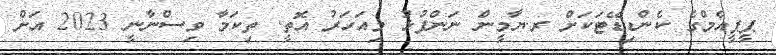
ޕީޕީއެމްގެ ކެންޑިޑޭޓަކަށް ރ.ޔާމީން ނަންފުޅު މިއަހަރު އޮތީ. ތިކަމާ ވިސްނާނީ 2023 އަށް